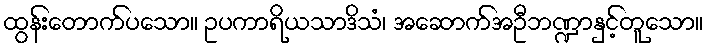
ထွန်းတောက်ပသော။ ဥပကာရိယသာဒိသံ၊ အဆောက်အဦဘဏ္ဍာနှင့်တူသော။